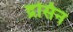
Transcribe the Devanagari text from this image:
द्रसिन